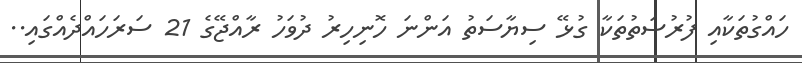
ހައްގުތަކާއި ފުރުސަތުތަކާ ގުޅޭ ސިޔާސަތު އަންނަ ހޮނިހިރު ދުވަހު ރާއްޖޭގެ 21 ސަރަހައްދެއްގައި..